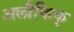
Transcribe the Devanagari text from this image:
अलौकिक्